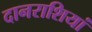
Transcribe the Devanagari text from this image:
दानराशियां